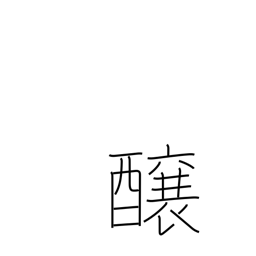
Meaning: brew